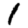
Digit: 1